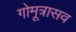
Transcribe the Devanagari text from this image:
गोमूत्रासव